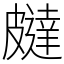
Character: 㿹